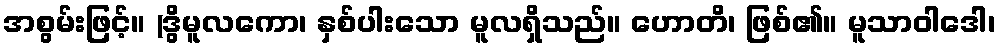
အစွမ်းဖြင့်။ (ဒွိမူလကော၊ နှစ်ပါးသော မူလရှိသည်။ ဟောတိ၊ ဖြစ်၏။ မူသာဝါဒေါ၊